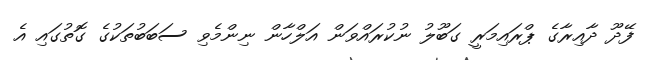
ފޭދޫ ދާއިރާގެ ޕްރައިމަރީ ގަބޫލު ނުކުރައްވަން އަލްހާން ނިންމެވި ސަބަބުތަކުގެ ގޮތުގައި އެ